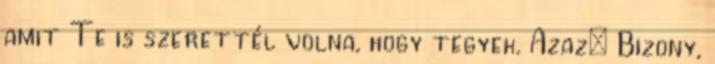
amit Te is szerettél volna, hogy tegyek. Azaz: Bizony,